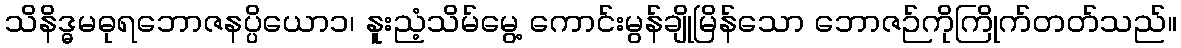
သိနိဒ္ဓမဓုရဘောဇနပ္ပိယော၁၊ နူးညံ့သိမ်မွေ့ ကောင်းမွန်ချိုမြိန်သော ဘောဇဉ်ကိုကြိုက်တတ်သည်။